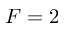
F = 2